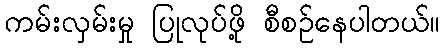
ကမ်းလှမ်းမှု ပြုလုပ်ဖို့ စီစဉ်နေပါတယ်။